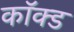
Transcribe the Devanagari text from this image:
कॉक्ड